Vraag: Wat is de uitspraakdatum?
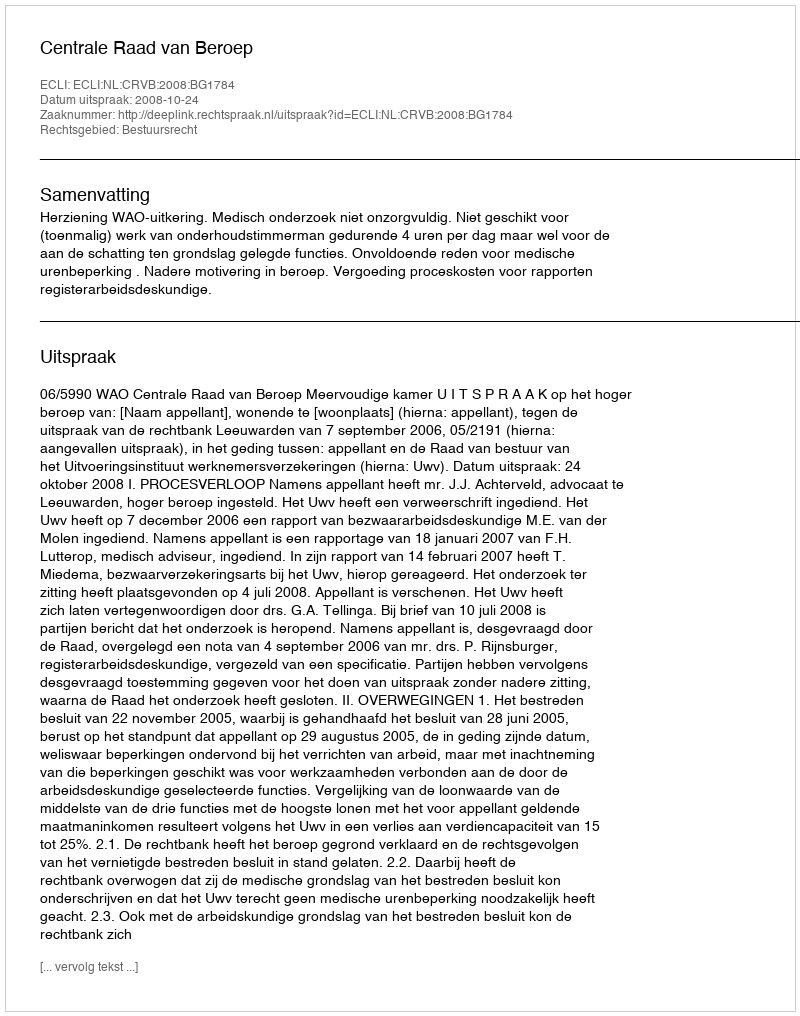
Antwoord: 2008-10-24